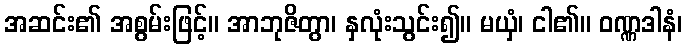
အဆင်း၏ အစွမ်းဖြင့်။ အာဘုဇိတွာ၊ နှလုံးသွင်း၍။ မယှံ၊ ငါ၏။ ဝဏ္ဏဒါနံ၊